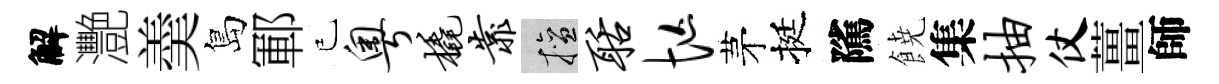
解灧羮島鄆已粤橇靠擅聒忙茅挺隲𩜙集抽仗薑師